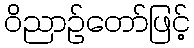
ဝိညာဉ်တော်ဖြင့်